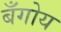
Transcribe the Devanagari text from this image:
बँगोय